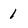
Character: 1